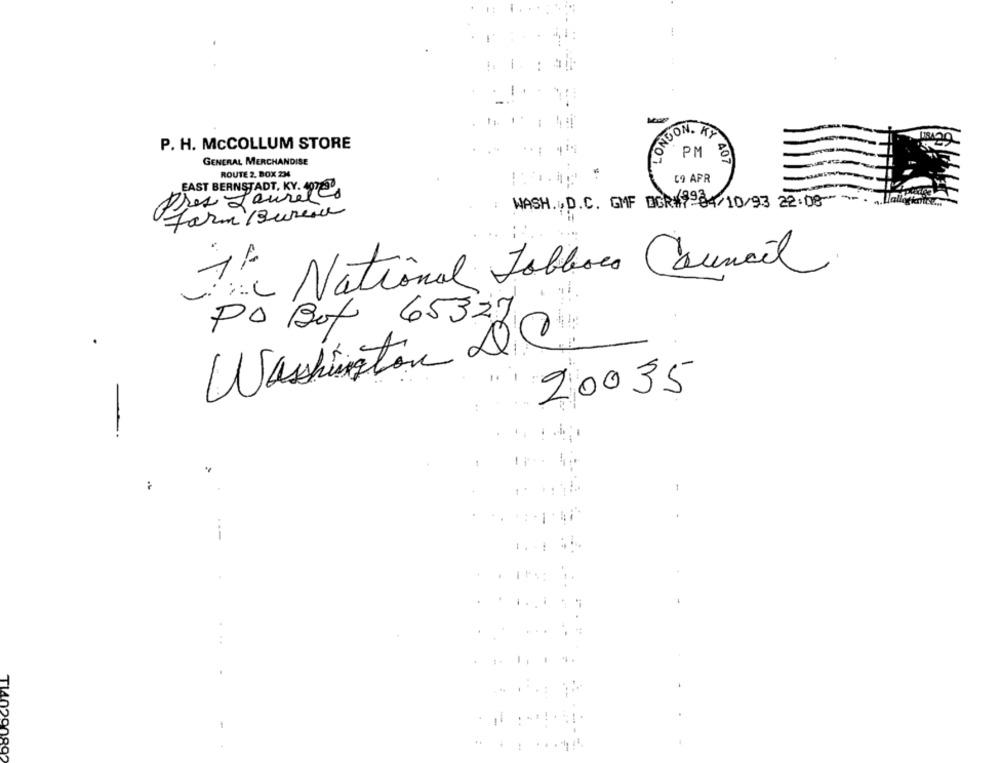
1
BUON. KY
P. H. MCCOLLUM STORE
GENERAL MERCHANDISE
PM
407
ROUTE 2, BOX 234
IST
59 APR
Les L'aurales
WASH ., D.C. GMF DGR#8984/10/93 22:08 ----
Farm /Bureau
The National Jobboca Council
PO Box 65327
Washington DC
20035
1
-
. .... ..